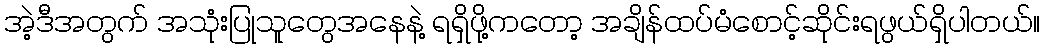
အဲ့ဒီအတွက် အသုံးပြုသူတွေအနေနဲ့ ရရှိဖို့ကတော့ အချိန်ထပ်မံစောင့်ဆိုင်းရဖွယ်ရှိပါတယ်။